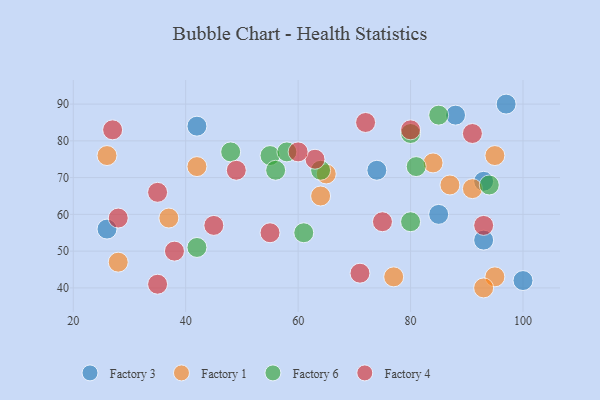
{"axis": {"x": "GDP", "y": "Life Expectancy"}, "legend": ["Factory 1", "Factory 3", "Factory 4", "Factory 6"], "data": [{"x": "42", "y": 84, "type": "Factory 3"}, {"x": "97", "y": 90, "type": "Factory 3"}, {"x": "85", "y": 60, "type": "Factory 3"}, {"x": "26", "y": 56, "type": "Factory 3"}, {"x": "88", "y": 87, "type": "Factory 3"}, {"x": "93", "y": 53, "type": "Factory 3"}, {"x": "74", "y": 72, "type": "Factory 3"}, {"x": "100", "y": 42, "type": "Factory 3"}, {"x": "93", "y": 69, "type": "Factory 3"}, {"x": "87", "y": 68, "type": "Factory 1"}, {"x": "26", "y": 76, "type": "Factory 1"}, {"x": "28", "y": 47, "type": "Factory 1"}, {"x": "91", "y": 67, "type": "Factory 1"}, {"x": "64", "y": 65, "type": "Factory 1"}, {"x": "84", "y": 74, "type": "Factory 1"}, {"x": "65", "y": 71, "type": "Factory 1"}, {"x": "42", "y": 73, "type": "Factory 1"}, {"x": "95", "y": 43, "type": "Factory 1"}, {"x": "93", "y": 40, "type": "Factory 1"}, {"x": "95", "y": 76, "type": "Factory 1"}, {"x": "77", "y": 43, "type": "Factory 1"}, {"x": "37", "y": 59, "type": "Factory 1"}, {"x": "61", "y": 55, "type": "Factory 6"}, {"x": "55", "y": 76, "type": "Factory 6"}, {"x": "56", "y": 72, "type": "Factory 6"}, {"x": "80", "y": 58, "type": "Factory 6"}, {"x": "81", "y": 73, "type": "Factory 6"}, {"x": "58", "y": 77, "type": "Factory 6"}, {"x": "85", "y": 87, "type": "Factory 6"}, {"x": "94", "y": 68, "type": "Factory 6"}, {"x": "80", "y": 82, "type": "Factory 6"}, {"x": "64", "y": 72, "type": "Factory 6"}, {"x": "42", "y": 51, "type": "Factory 6"}, {"x": "48", "y": 77, "type": "Factory 6"}, {"x": "63", "y": 75, "type": "Factory 4"}, {"x": "91", "y": 82, "type": "Factory 4"}, {"x": "27", "y": 83, "type": "Factory 4"}, {"x": "49", "y": 72, "type": "Factory 4"}, {"x": "35", "y": 66, "type": "Factory 4"}, {"x": "28", "y": 59, "type": "Factory 4"}, {"x": "35", "y": 41, "type": "Factory 4"}, {"x": "80", "y": 83, "type": "Factory 4"}, {"x": "93", "y": 57, "type": "Factory 4"}, {"x": "45", "y": 57, "type": "Factory 4"}, {"x": "71", "y": 44, "type": "Factory 4"}, {"x": "72", "y": 85, "type": "Factory 4"}, {"x": "75", "y": 58, "type": "Factory 4"}, {"x": "55", "y": 55, "type": "Factory 4"}, {"x": "60", "y": 77, "type": "Factory 4"}, {"x": "38", "y": 50, "type": "Factory 4"}]}